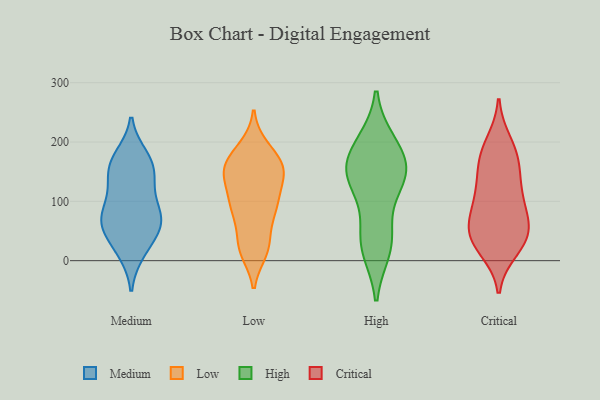
{"axis": {"x": "Backlog", "y": "Value"}, "legend": ["Critical", "High", "Low", "Medium"], "data": [{"x": "", "y": 175, "type": "Medium"}, {"x": "", "y": 130, "type": "Medium"}, {"x": "", "y": 20, "type": "Medium"}, {"x": "", "y": 15, "type": "Medium"}, {"x": "", "y": 74, "type": "Medium"}, {"x": "", "y": 67, "type": "Medium"}, {"x": "", "y": 131, "type": "Medium"}, {"x": "", "y": 54, "type": "Medium"}, {"x": "", "y": 161, "type": "Medium"}, {"x": "", "y": 154, "type": "Medium"}, {"x": "", "y": 93, "type": "Medium"}, {"x": "", "y": 63, "type": "Medium"}, {"x": "", "y": 55, "type": "Medium"}, {"x": "", "y": 169, "type": "Medium"}, {"x": "", "y": 82, "type": "Medium"}, {"x": "", "y": 81, "type": "Low"}, {"x": "", "y": 108, "type": "Low"}, {"x": "", "y": 111, "type": "Low"}, {"x": "", "y": 32, "type": "Low"}, {"x": "", "y": 153, "type": "Low"}, {"x": "", "y": 187, "type": "Low"}, {"x": "", "y": 18, "type": "Low"}, {"x": "", "y": 149, "type": "Low"}, {"x": "", "y": 84, "type": "Low"}, {"x": "", "y": 140, "type": "Low"}, {"x": "", "y": 16, "type": "Low"}, {"x": "", "y": 89, "type": "Low"}, {"x": "", "y": 153, "type": "Low"}, {"x": "", "y": 191, "type": "Low"}, {"x": "", "y": 84, "type": "Low"}, {"x": "", "y": 158, "type": "Low"}, {"x": "", "y": 151, "type": "Low"}, {"x": "", "y": 165, "type": "Low"}, {"x": "", "y": 24, "type": "Low"}, {"x": "", "y": 157, "type": "High"}, {"x": "", "y": 21, "type": "High"}, {"x": "", "y": 33, "type": "High"}, {"x": "", "y": 142, "type": "High"}, {"x": "", "y": 39, "type": "High"}, {"x": "", "y": 133, "type": "High"}, {"x": "", "y": 135, "type": "High"}, {"x": "", "y": 197, "type": "High"}, {"x": "", "y": 193, "type": "High"}, {"x": "", "y": 160, "type": "High"}, {"x": "", "y": 171, "type": "Critical"}, {"x": "", "y": 35, "type": "Critical"}, {"x": "", "y": 76, "type": "Critical"}, {"x": "", "y": 63, "type": "Critical"}, {"x": "", "y": 31, "type": "Critical"}, {"x": "", "y": 160, "type": "Critical"}, {"x": "", "y": 148, "type": "Critical"}, {"x": "", "y": 37, "type": "Critical"}, {"x": "", "y": 61, "type": "Critical"}, {"x": "", "y": 199, "type": "Critical"}, {"x": "", "y": 187, "type": "Critical"}, {"x": "", "y": 108, "type": "Critical"}, {"x": "", "y": 19, "type": "Critical"}, {"x": "", "y": 46, "type": "Critical"}, {"x": "", "y": 106, "type": "Critical"}, {"x": "", "y": 112, "type": "Critical"}]}